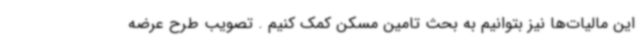
این مالیات‌ها نیز بتوانیم به بحث تامین مسکن کمک کنیم . تصویب طرح عرضه